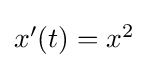
{\textstyle x'(t)=x^{2}}